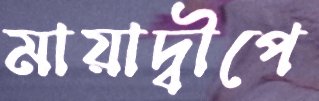
মায়াদ্বীপে